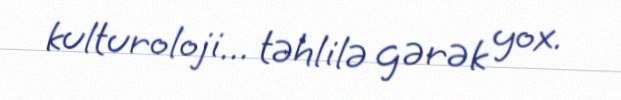
kulturoloji... təhlilə gərək yox.